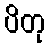
ပိတု